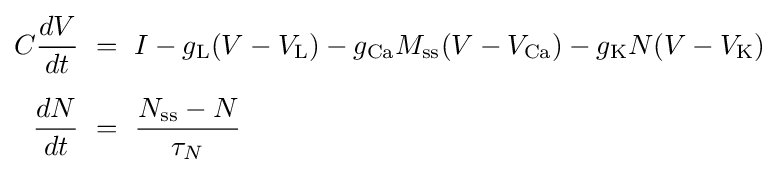
{\begin{aligned}C{\frac {dV}{dt}}&~=~I-g_{\mathrm {L} }(V-V_{\mathrm {L} })-g_{\mathrm {Ca} }M_{\mathrm {ss} }(V-V_{\mathrm {Ca} })-g_{\mathrm {K} }N(V-V_{\mathrm {K} })\\[5pt]{\frac {dN}{dt}}&~=~{\frac {N_{\mathrm {ss} }-N}{\tau _{N}}}\end{aligned}}